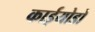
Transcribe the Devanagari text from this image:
काईयोडो